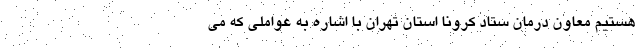
هستیم معاون درمان ستاد کرونا استان تهران با اشاره به عواملی که می